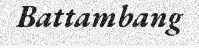
Battambang